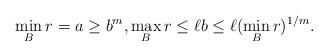
LaTeX: \begin{align*}\min_B r=a\geq b^{m},\max_B r\leq \ell b\leq \ell(\min_B r)^{1/m}.\end{align*}